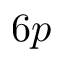
6 p